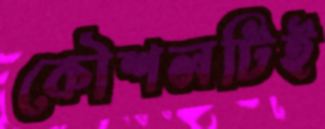
কৌশলটিই